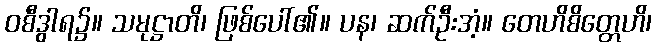
ဝစီဒွါရ၌။ သမုဋ္ဌာတိ၊ ဖြစ်ပေါ်၏။ ပန၊ ဆက်ဦးအံ့။ တေဟိစိတ္တေဟိ၊